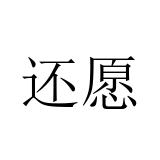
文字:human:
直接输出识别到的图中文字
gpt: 还愿